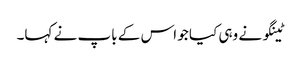
ٹینگو نے وہی کیا جو اس کے باپ نے کہا۔